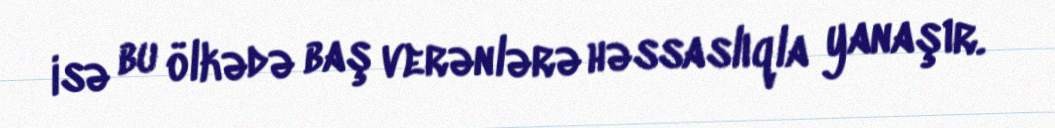
isə bu ölkədə baş verənlərə həssaslıqla yanaşır.